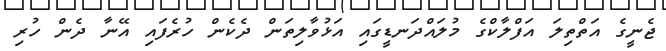
ޖެނީގެ އަތްތިލަ އަފްލާކްގެ މުލައްދަނޑީގައި އަޅުވާލިތަން ދެކެން ހުރެފައި އޭނާ ދެން ހުރި